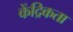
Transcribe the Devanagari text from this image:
केंद्रिकता